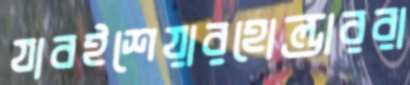
যাবইশেয়ারহোল্ডাররা